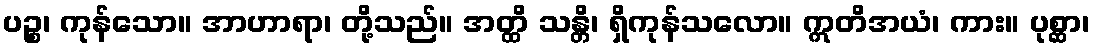
ပဉ္စ၊ ကုန်သော။ အာဟာရာ၊ တို့သည်။ အတ္ထိ သန္တိ၊ ရှိကုန်သလော။ ဣတိအယံ၊ ကား။ ပုစ္ဆာ၊